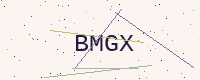
Text: BMGX